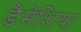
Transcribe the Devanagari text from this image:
डैमेंशिया